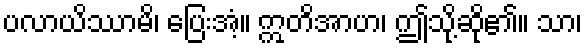
ပလာယိဿာမိ၊ ပြေးအံ့။ ဣတိအာဟ၊ ဤသို့ဆို၏။ သာ၊